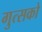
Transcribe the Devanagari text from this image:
गुत्सको